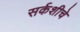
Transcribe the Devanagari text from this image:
सर्कशीचे